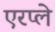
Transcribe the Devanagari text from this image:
एरप्ले